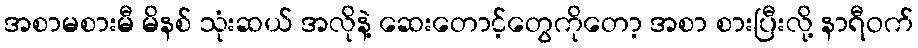
အစာမစားမီ မိနစ် သုံးဆယ် အလိုနဲ့ ဆေးတောင့်တွေကိုတော့ အစာ စားပြီးလို့ နာရီဝက်